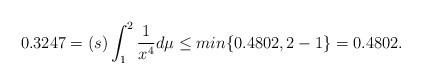
LaTeX: \begin{align*} 0.3247=(s)\int_{1}^{2} \frac{1}{x^4} d\mu \leq min\{0.4802,2-1\}=0.4802.\end{align*}